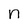
Character: n